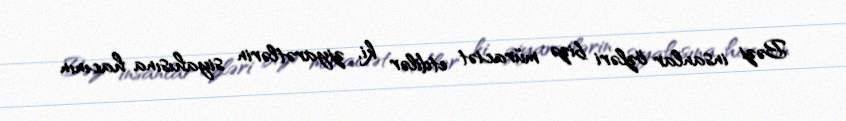
Bəzi insanlar özləri bizə müraciət etdilər ki, ziyarətlərin siyahısına hacının